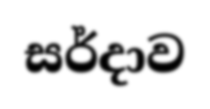
සර්දාව